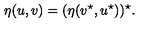
\eta ( u , v ) = ( \eta ( v ^ { \star } , u ^ { \star } ) ) ^ { \star } .